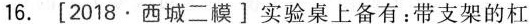
16. [2018.西城二模]实验桌上备有：带支架的杠